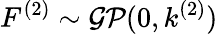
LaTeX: F^{(2)}\sim\mathcal{GP}(0,k^{(2)})